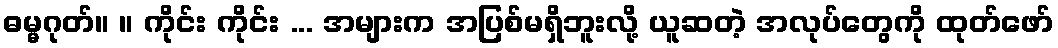
ဓမ္မဂုတ်။ ။ ကိုင်း ကိုင်း ... အများက အပြစ်မရှိဘူးလို့ ယူဆတဲ့ အလုပ်တွေကို ထုတ်ဖော်